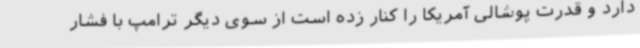
دارد و قدرت پوشالی آمریکا را کنار زده است از سوی دیگر ترامپ با فشار